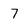
Character: 7